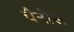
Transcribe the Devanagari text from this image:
चैनीस